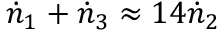
\dot { n } _ { 1 } + \dot { n } _ { 3 } \approx 1 4 \dot { n } _ { 2 }